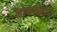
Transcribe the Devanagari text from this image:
नोफगोरोद